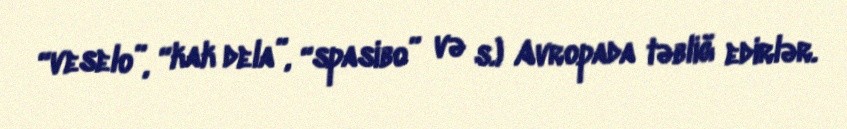
“veselo”, “kak dela”, “spasibo” və s.) Avropada təbliğ edirlər.